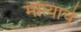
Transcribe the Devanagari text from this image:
मोत्याचे